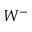
W ^ { - }